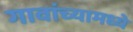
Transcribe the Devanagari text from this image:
गावांच्यामध्ये